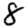
Digit: 8